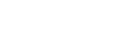
ဂရုကရောတိ